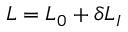
{ \cal L } = { \cal L } _ { 0 } + \delta { \cal L } _ { I }